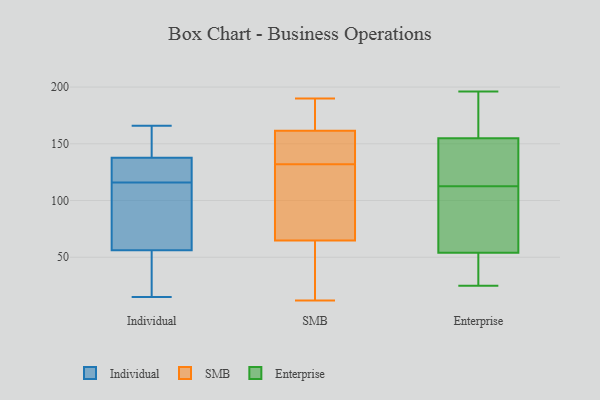
{"axis": {"x": "Inventory Turnover", "y": "Value"}, "legend": ["Enterprise", "Individual", "SMB"], "data": [{"x": "", "y": 116, "type": "Individual"}, {"x": "", "y": 106, "type": "Individual"}, {"x": "", "y": 51, "type": "Individual"}, {"x": "", "y": 163, "type": "Individual"}, {"x": "", "y": 124, "type": "Individual"}, {"x": "", "y": 16, "type": "Individual"}, {"x": "", "y": 135, "type": "Individual"}, {"x": "", "y": 117, "type": "Individual"}, {"x": "", "y": 15, "type": "Individual"}, {"x": "", "y": 58, "type": "Individual"}, {"x": "", "y": 146, "type": "Individual"}, {"x": "", "y": 85, "type": "Individual"}, {"x": "", "y": 166, "type": "Individual"}, {"x": "", "y": 132, "type": "SMB"}, {"x": "", "y": 97, "type": "SMB"}, {"x": "", "y": 23, "type": "SMB"}, {"x": "", "y": 154, "type": "SMB"}, {"x": "", "y": 145, "type": "SMB"}, {"x": "", "y": 190, "type": "SMB"}, {"x": "", "y": 12, "type": "SMB"}, {"x": "", "y": 164, "type": "SMB"}, {"x": "", "y": 173, "type": "SMB"}, {"x": "", "y": 102, "type": "SMB"}, {"x": "", "y": 54, "type": "SMB"}, {"x": "", "y": 81, "type": "Enterprise"}, {"x": "", "y": 101, "type": "Enterprise"}, {"x": "", "y": 119, "type": "Enterprise"}, {"x": "", "y": 155, "type": "Enterprise"}, {"x": "", "y": 39, "type": "Enterprise"}, {"x": "", "y": 25, "type": "Enterprise"}, {"x": "", "y": 109, "type": "Enterprise"}, {"x": "", "y": 26, "type": "Enterprise"}, {"x": "", "y": 136, "type": "Enterprise"}, {"x": "", "y": 73, "type": "Enterprise"}, {"x": "", "y": 195, "type": "Enterprise"}, {"x": "", "y": 116, "type": "Enterprise"}, {"x": "", "y": 196, "type": "Enterprise"}, {"x": "", "y": 54, "type": "Enterprise"}, {"x": "", "y": 136, "type": "Enterprise"}, {"x": "", "y": 177, "type": "Enterprise"}, {"x": "", "y": 43, "type": "Enterprise"}, {"x": "", "y": 184, "type": "Enterprise"}]}